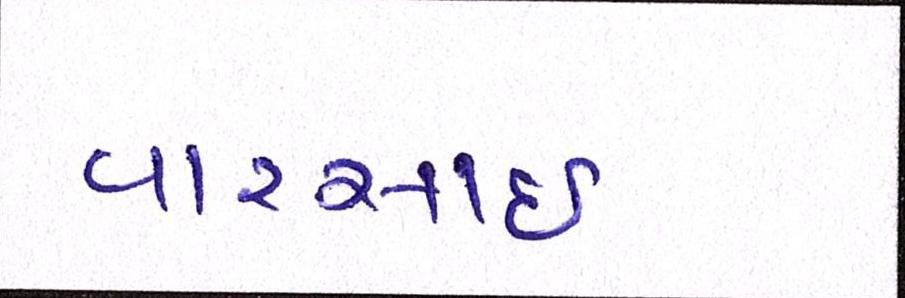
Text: વારસાઇ